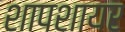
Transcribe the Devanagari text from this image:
शापशायर